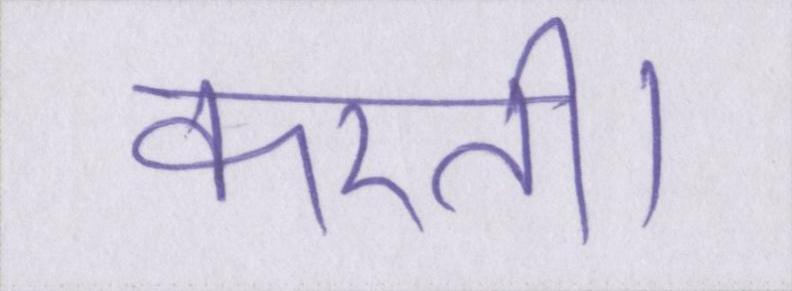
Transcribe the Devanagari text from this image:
करती।